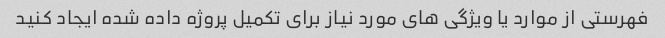
فهرستی از موارد یا ویژگی های مورد نیاز برای تکمیل پروژه داده شده ایجاد کنید